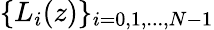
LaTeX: \{ L_{i}(z)\} _{i=0,1,...,N-1}